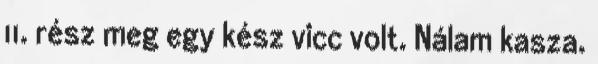
11. rész meg egy kész vicc volt. Nálam kasza.